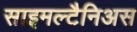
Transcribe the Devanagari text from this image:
साइमल्टैनिअस